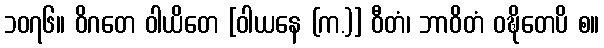
၁၀၇၆။ ဝိဂတေ ဝါယိတေ [ဝါယနေ (က.)] ဝီတံ၊ ဘာဝိတံ ဝဍ္ဎိတေပိ စ။